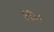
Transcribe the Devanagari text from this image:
३१४९